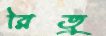
রিতু